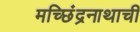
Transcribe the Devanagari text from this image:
मच्छिंद्रनाथाची